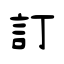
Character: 訂